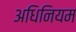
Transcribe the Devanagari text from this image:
अधिनियम